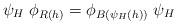
LaTeX: \begin{align*} \psi_H \; \phi_{R(h)}= \phi_{B(\psi_H(h))} \; \psi_H\end{align*}